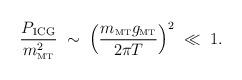
LaTeX: \begin{align*}\frac{P_{\rm 1CG}}{m^2_{\rm \scriptscriptstyle{MT}}} \; \sim\; \left(\frac{m_{\rm \scriptscriptstyle{MT}}g_{\rm \scriptscriptstyle{MT}}}{2\pi T}\right)^2\; \ll\; 1.\end{align*}